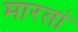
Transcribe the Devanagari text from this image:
मारतां